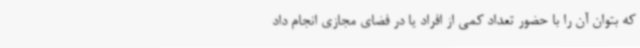
که بتوان آن را با حضور تعداد کمی از افراد یا در فضای مجازی انجام داد